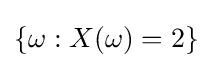
\{\omega :X(\omega )=2\}\,\!